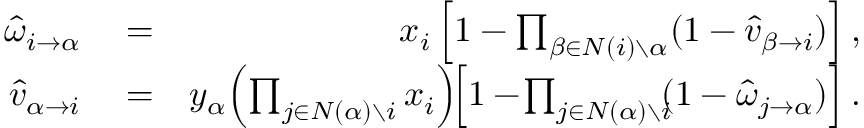
\begin{array} { r l r } { \! \! \! \! \! \! \! \! \! \! \! \! \hat { \omega } _ { i \rightarrow \alpha } } & { { } = } & { x _ { i } \left[ 1 - \prod _ { \beta \in N ( i ) \setminus \alpha } ( 1 - \hat { v } _ { \beta \rightarrow i } ) \right] , } \\ { \! \! \! \! \! \! \! \! \! \! \! \! \hat { v } _ { \alpha \rightarrow i } } & { { } = } & { y _ { \alpha } \! \left( \prod _ { j \in N ( \alpha ) \setminus i } x _ { i } \right) \! \! \left[ 1 - \! \prod _ { j \in N ( \alpha ) \setminus i } \! \! ( 1 - \hat { \omega } _ { j \rightarrow \alpha } ) \right] . } \end{array}